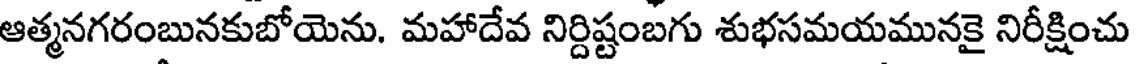
ఆత్మనగరంబునకుబోయెను. మహాదేవ నిర్దిష్టంబగు శుభసమయమునకై నిరీక్షించు